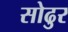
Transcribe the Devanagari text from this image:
सोढुर